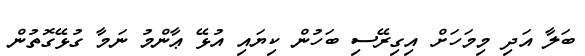
ބަލާ އަދި މިމަހަށް އިގިރޭސި ބަހުން ކިޔައި އުޅޭ ޢާންމު ނަމާ ގުޅޭގޮތުން